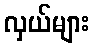
လှယ်များ